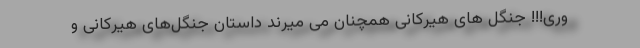
وری!!! جنگل های هیرکانی همچنان می میرند داستان جنگل‌های هیرکانی و